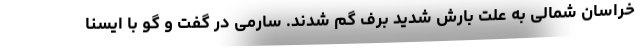
خراسان شمالی به علت بارش شدید برف گم شدند. سارمی در گفت و گو با ایسنا